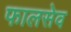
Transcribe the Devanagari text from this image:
फालसेव